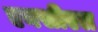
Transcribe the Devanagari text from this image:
एनसीएल